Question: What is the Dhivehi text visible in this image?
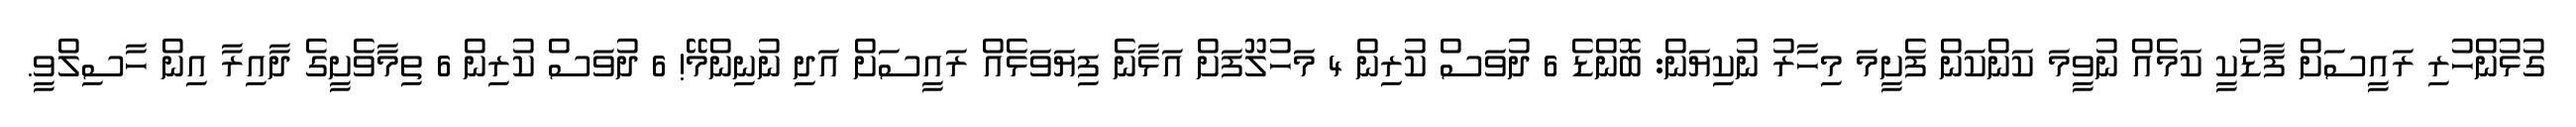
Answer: ގުޅުންހުރި ރައީސަށް ފާޑުކީ ކަމެއް ނުވީމަ ކަންކަން ފެށީމަ މިހާރު ނުކިޔަން: ބޮންޑެ 6 ދުވަސް ކުރިން 4 މަހުލޫފަށް އަޅާނެ ފިޔަވަޅެއް ރައީސަށް އަދި ނުނިންމޭ! 6 ދުވަސް ކުރިން 6 ތިމާވެށީގެ ދާއިރާ އިން ހާސިލްވީ.